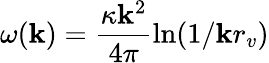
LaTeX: \omega(\mathbf{k})=\frac{{\kappa\mathbf{k}^{2}}}{{4\pi}}\ln(1/\mathbf{k}r_{v})